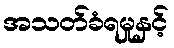
အသတ်ခံရမှုနှင့်